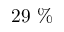
2 9 \ \%